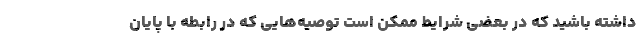
داشته باشید که در بعضی شرایط ممکن است توصیه‌هایی که در رابطه با پایان